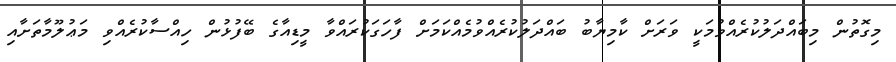
މިގޮތުން މިބައްދަލުކުރެއްވުމަކީ ވަރަށް ކާމިޔާބު ބައްދަލުކުރެއްވުމެއްކަމަށް ފާހަގަކުރައްވާ މީޑިއާގެ ބޭފުޅުން ހިއްސާކުރެއްވި މަޢުލޫމާތަށާއި